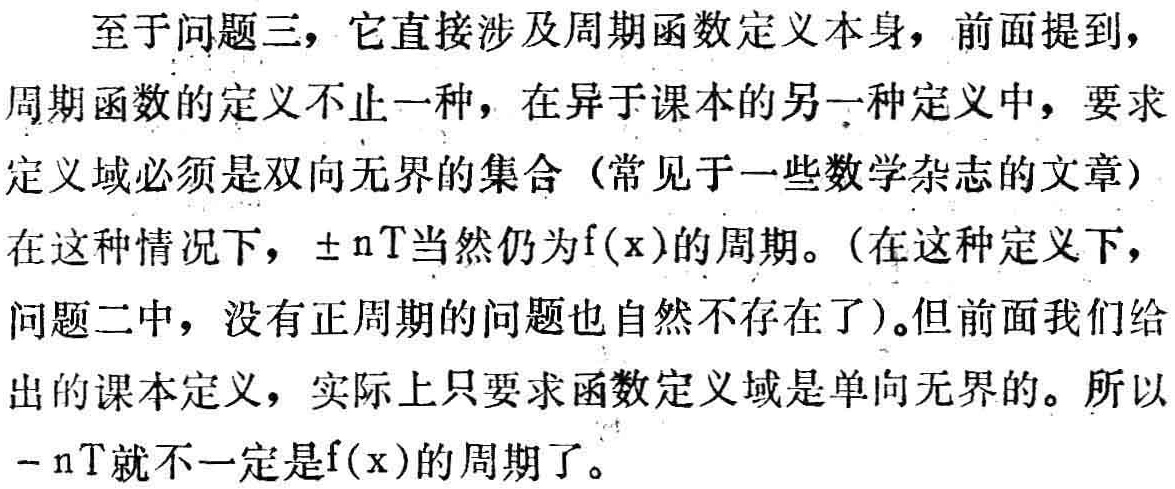
至于问题三，它直接涉及周期函数定义本身，前面提到，
周期函数的定义不止一种，在异于课本的另一种定义中，要求
定义域必须是双向无界的集合（常见于一些数学杂志的文章）
在这种情况下，$\pm nT$当然仍为$f(x)$的周期。（在这种定义下，
问题二中，没有正周期的问题也自然不存在了）。但前面我们给
出的课本定义，实际上只要求函数定义域是单向无界的。所以
$-nT$就不一定是$f(x)$的周期了。